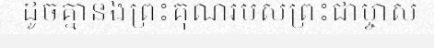
ដូចគ្នានឹងព្រះគុណរបស់ព្រះជាម្ចាស់